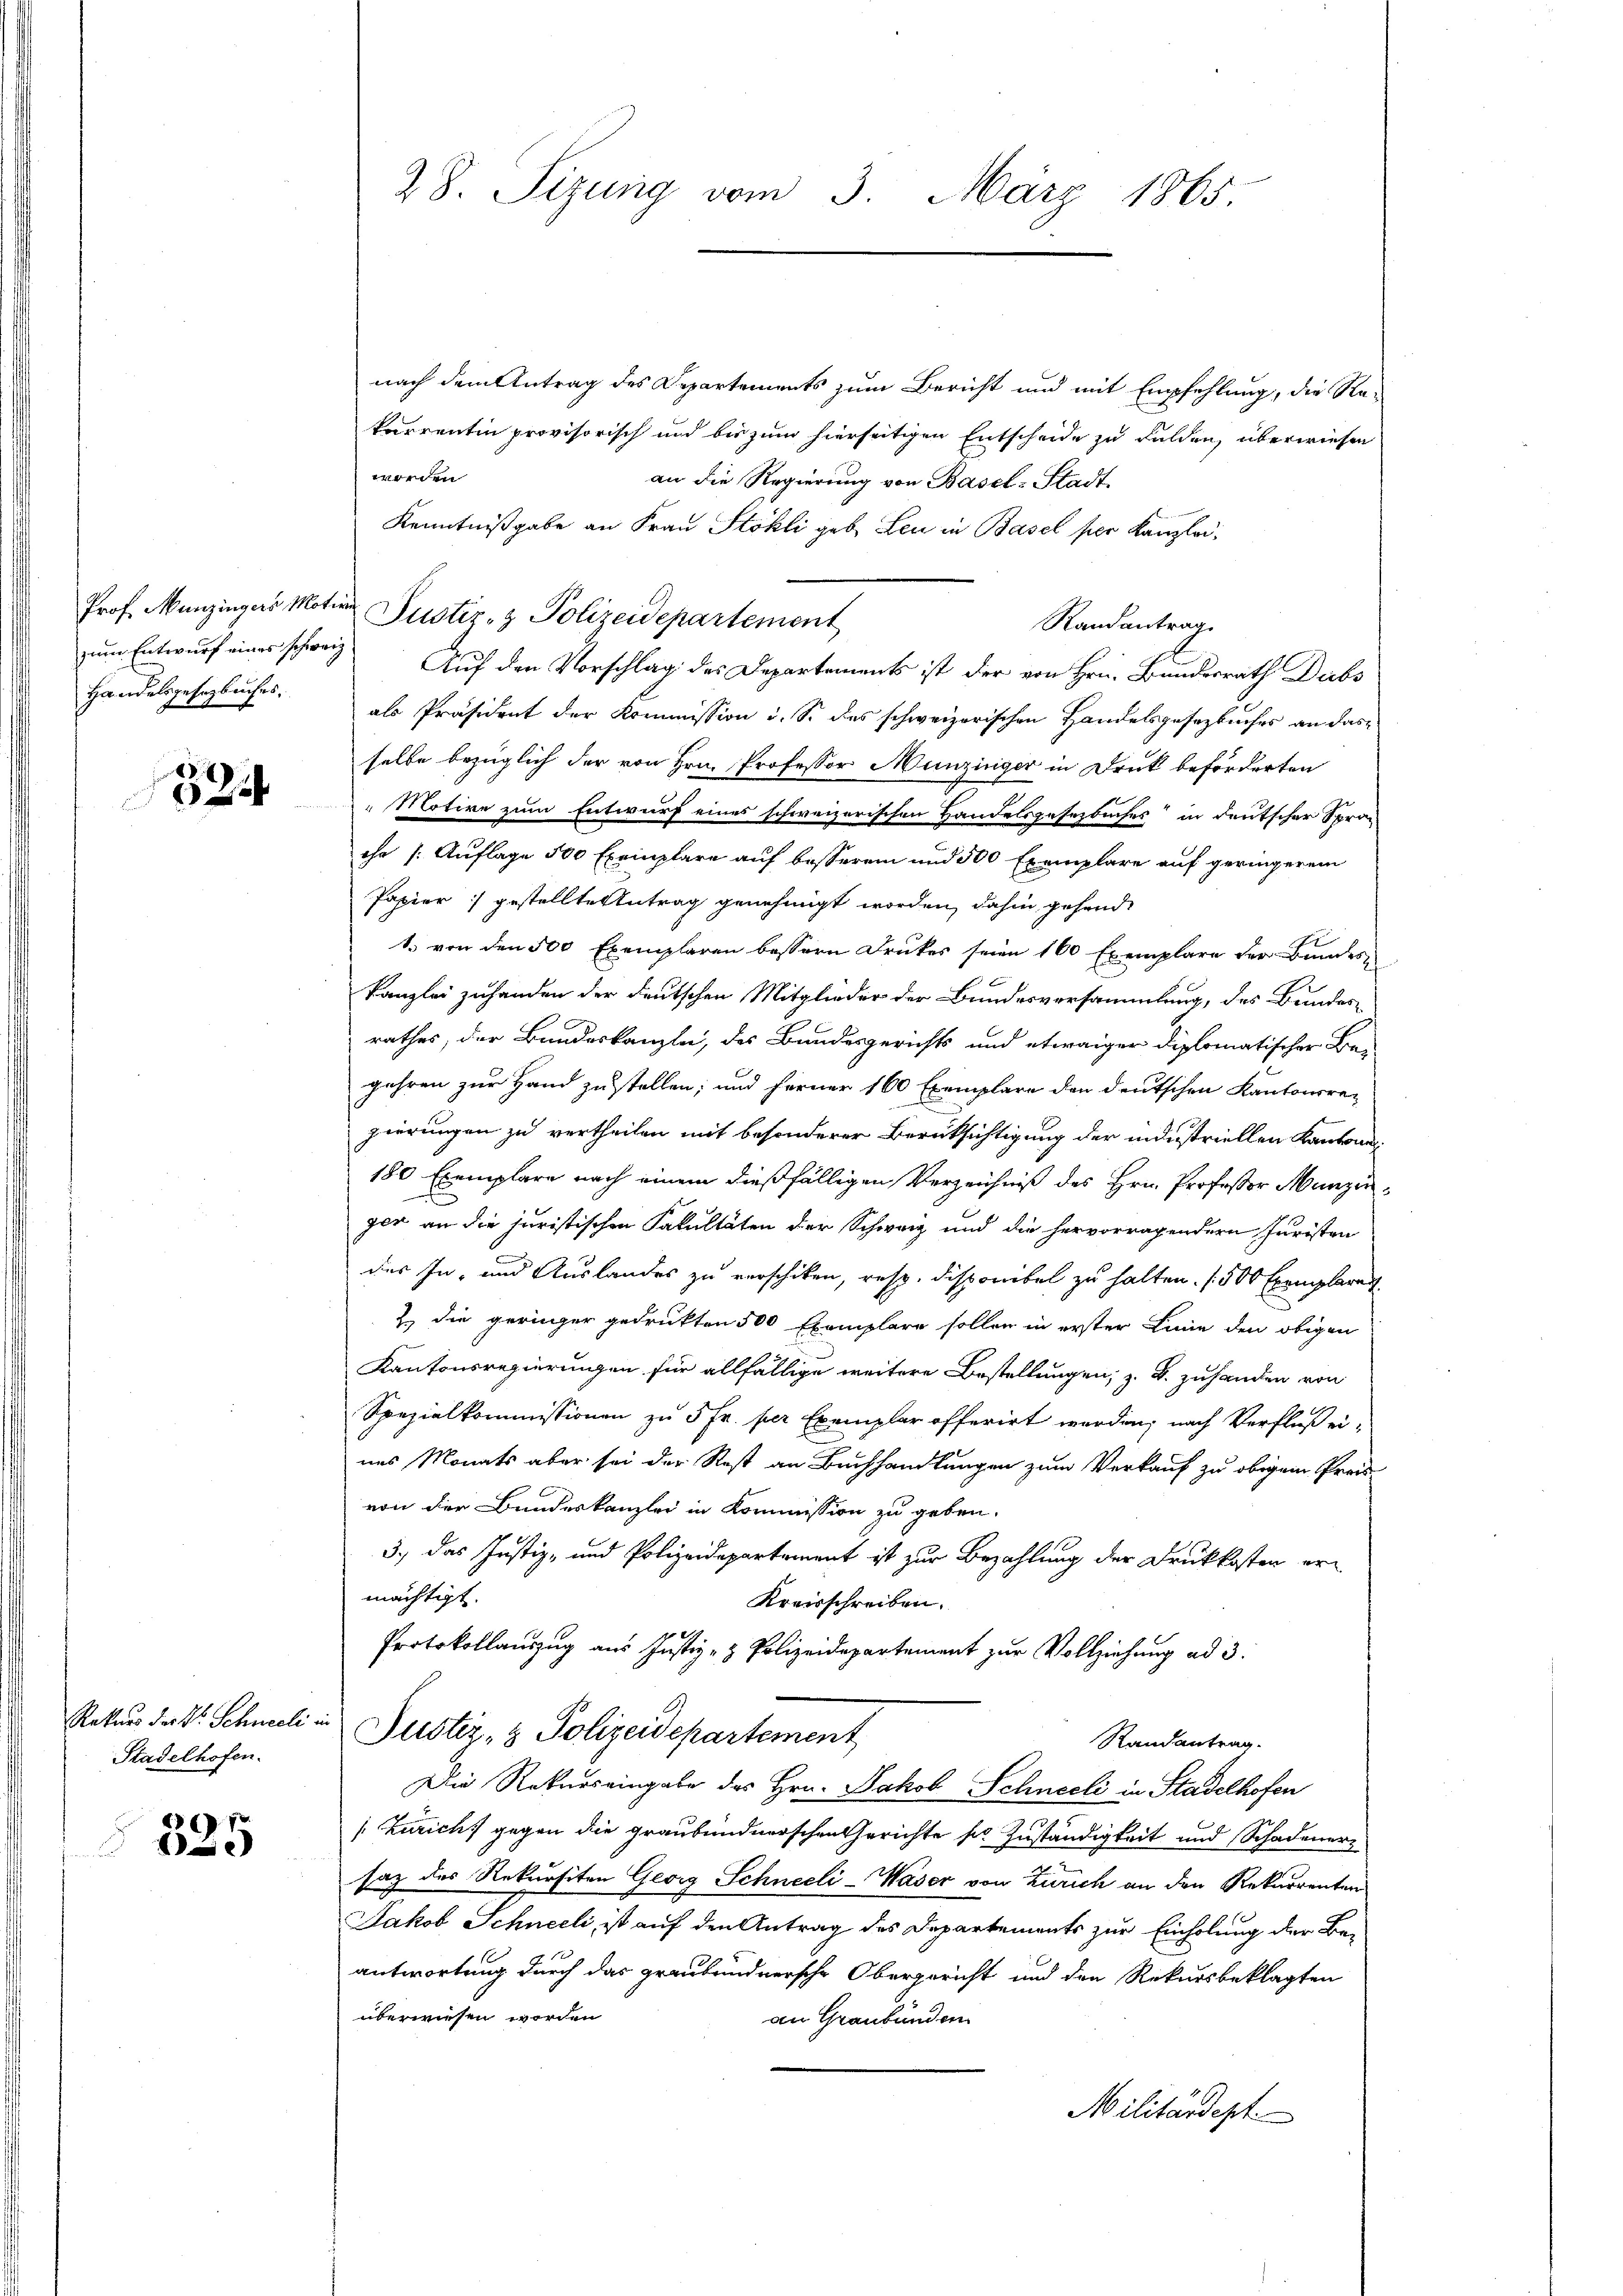
Prof. Munzingers Motiv
zum Entwurf eines schweiz.
Handelsgesetzbuches.

324

Rekurs der V. Schneeli
Stadelhofen.

)
e

28. Sizung vom 3. März 1865.

nach dem Antrag des Departements zum Bericht und mit Empfehlung, die Rekarrentin provisorisch und bis zum hierseitigen Entscheide zu Felden, überwiesen
worden
an die Regierung von Basel-Stadt-
Kenntnißgabe an Frau Stokli geb. Leu in Basel ser Kanzlei¬
Justiz- & Polizeidepartement
Randantrag.
Auf den Vorschlag des Departements ist der von Hrn. Bundesrath Dubs
als Präsident der Kommission i. S. des schweizerischen Handelsgesezbuches an dasselbe bezüglich der von Hrn. Professor Munzinger in Druk beförderten
" Motive zum Entwurf eines schweizerischen Handelsgesetzbuches in deutscher Spra-
cha /: Auflage 500 Exemplare auf besserem und 500 Exemplare auf geringerem
Papier :/ gestellte Antrag genehmigt worden, dahin gehende
1. von den 500 Exemplaren bessern Druckes seien 160 Exemplare der Kameri
Kanzlei zuhanden der deutschen Mitglieder der Bundesversammlung, das Bundes-
rathes, der Bundeskanzlei, des Bundesgerichts und etwaiger diplomatischer Ba-
gehren zur Hand zu stellen; und ferner 160 Exemplare den deutschen Kantonsre-
zierungen zu vertheilen mit besonderer Berücksichtigung der industriellen Kantone
180 Exemplare nach einem dießfälligen Verzeichniß des Hrn. Professor Munzinger an die juristischen Fakultäten der Schweiz und die hervorragendern Juristen
des In- und Auslandes zu verschiken, resp. Disponibel zu halten. /500 Exemplarent
Z. die geringer gedruckten 500 Exemplare sollen in erster Linie den obigen
Kantonsregierungen für allfällige weitere Bestellungen, z. B. zuhanden von
Spezialkommissionen zŭ 5 Fr. per Exemplar offerirt werden; nach Verfluß eines Monats aber sei der Rest an Buchhandlungen zum Verkauf zu obigem Preis
von der Bundeskanzlei in Kommission zu geben.
3., das Justiz- und Polizeidepartement ist zur Bezahlung der Druckkosten ermächtigt.
Kreisschreiben.
Protokollauszug aus Justiz- & Polizeidepartement zur Vollziehung ad 3.
Justiz- & Polizeidepartement
Randantrag.
Die Rekurs eingabe des Hrn. Jakob Schneeli in Stadelhofen
[Zürich gegen die graubündnerschen Gerichte ser Zuständigkeit und Schadenersaz des Rekursiten Georg Schneeli-Waser von Zürich an den Rekurrenten
Jakob Schneeli, ist auf den Antrag des Departements zur Einholung der Be-
antwortung durch das graubündnersche Obergericht und den Rekursbeklagten
überwiesen worden
an Graubünden
Militärdept.